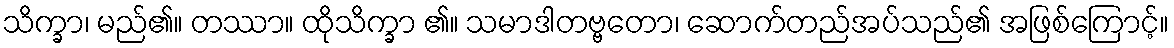
သိက္ခာ၊ မည်၏။ တဿာ။ ထိုသိက္ခာ ၏။ သမာဒါတဗ္ဗတော၊ ဆောက်တည်အပ်သည်၏ အဖြစ်ကြောင့်။